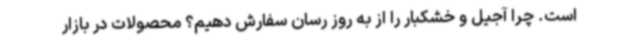
است. چرا آجیل و خشکبار را از به روز رسان سفارش دهیم؟ محصولات در بازار